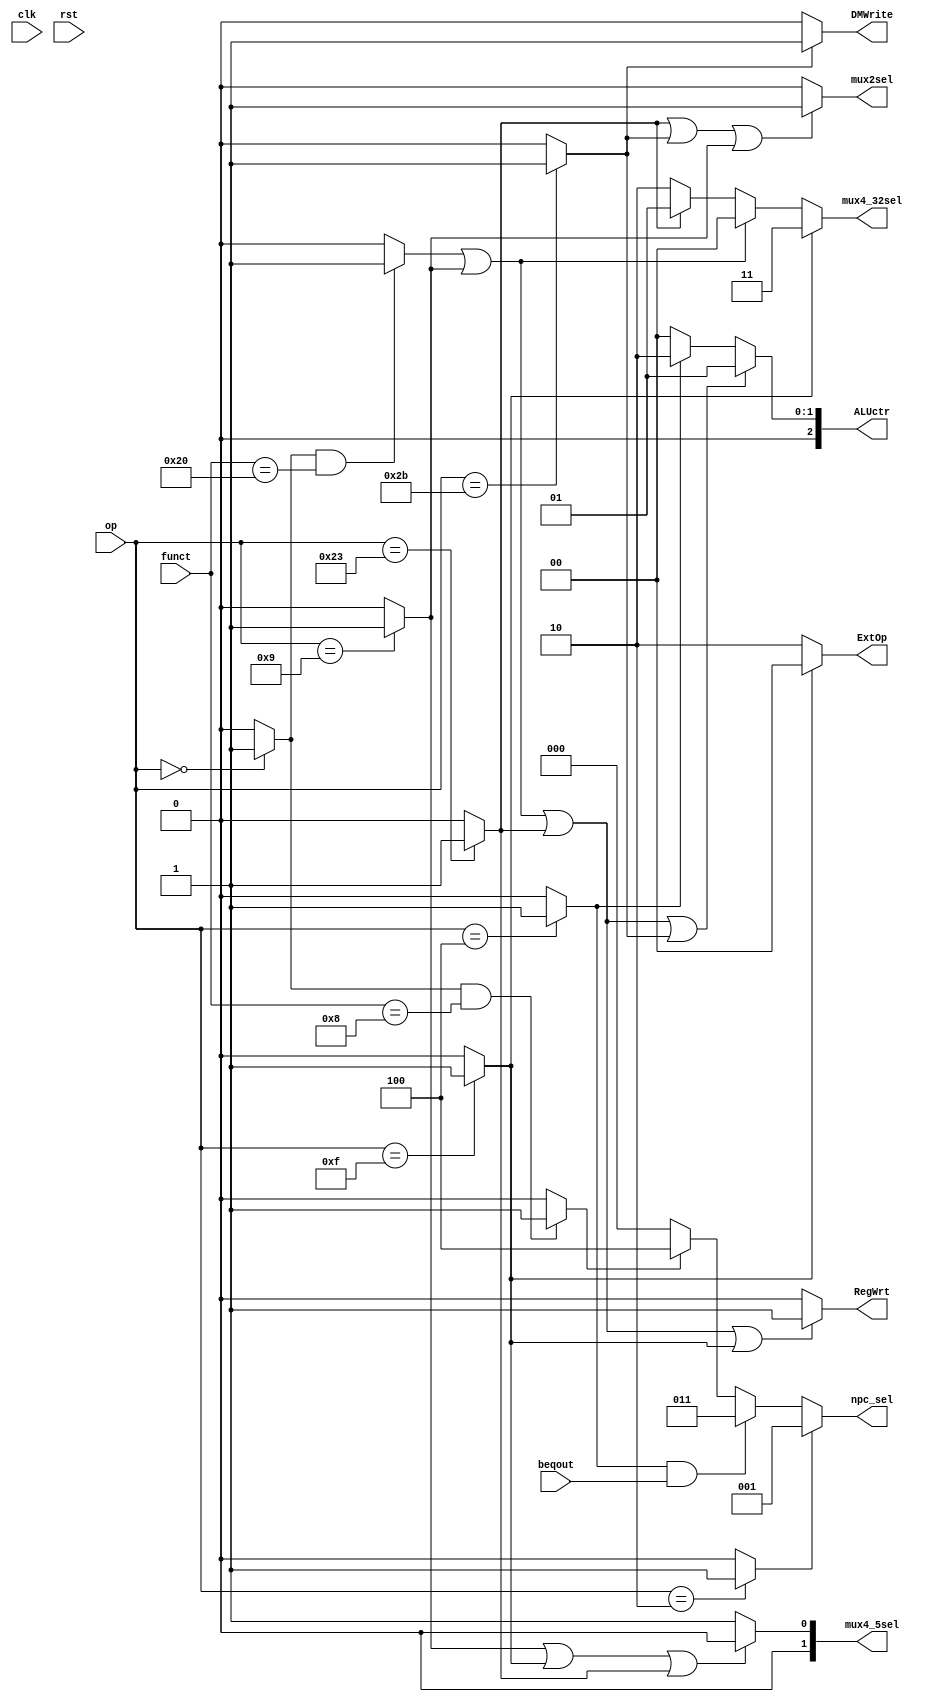
module ctrl (clk,rst,op,funct,beqout,ALUctr,DMWrite,npc_sel,RegWrt,ExtOp,mux4_5sel,mux4_32sel,mux2sel);//ALUctr[1:0]
   input      	 clk,rst;
   input       	beqout;//made by alu
   input [5:0]  op,funct;
   
   //control signal out
   output [2:0] ALUctr;
   output       DMWrite;
   output [2:0] npc_sel;
   output       RegWrt;
   output [1:0] ExtOp;
   
   output [1:0] mux4_5sel;
   output [1:0] mux4_32sel;
   output mux2sel;
   
   wire Rtype,add,addiu,lw,sw,j,beq,jr;//Rtype,addu,subu,ori,lw,sw,beq,lui,addi,addiu,slt,j,jal,jr,lb,lbu,lh,lhu,sb,sh,slti;   //former
   //wire add,sub,sll,srl,sra,sllv,srlv,srav,AND,OR,XOR,NOR,andi,xori,sltiu,bne,blez,bgtz,bltz,bgez,jalr;//added
   //???
   assign Rtype = (op==6'b000000)?1:0;
   assign add   = (Rtype&&funct==6'b100000)?1:0;   	//&& ???it's better to be included in "head.v"
   assign sub   = (Rtype&&funct==6'b100010)?1:0;
   assign lw    = (op==6'b100011)?1:0;
   assign sw    = (op==6'b101011)?1:0;
   assign beq   = (op==6'b000100)?1:0;
   assign lui   = (op==6'b001111)?1:0;
   assign addiu = (op==6'b001001)?1:0;
   assign j     = (op==6'b000010)?1:0;
   assign jr    = (Rtype&&funct==6'b001000)?1:0;		//jr
  

   
            //(add||addiu||lw||sw)?3'b001:(beq)?3'b010:3'b000;
   assign DMWrite = (sw)?'b1:'b0;
   assign npc_sel= (j)?3'b001:(beq&&beqout)?3'b011:(jr)?3'b100:3'b000;  //singular  valuebeq?11
   //npc_sel100jr
   assign RegWrt =(add||addiu||lw||lui)?'b1:'b0;//JAL???????????????
   assign ExtOp =(lui)?2'b00:(lw||sw)?2'b10:2'b10;
   assign mux4_5sel =  (addiu||lui||lw)?2'b00:2'b01;//add
   assign mux2sel  = (lw||sw||addiu)?'b1:'b0;//beq
   assign mux4_32sel = (lui)?2'b11:(add||addiu)?2'b00:(lw)?2'b01:2'b10;//??????pc+4????JAL
   
   assign ALUctr = (add||addiu||lw||sw)?3'b001:(beq)?3'b010:3'b000;
   
endmodule